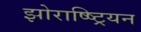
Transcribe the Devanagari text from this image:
झोराष्ष्ट्रियन